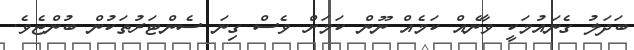
ބަދަލު ގެނައުމަކީ ވާނެއް ކަމެއް ނޫން ކަމަށް ވެސް ގިނަ ސެންޓަރުތަކުން ބުންޏެވެ.